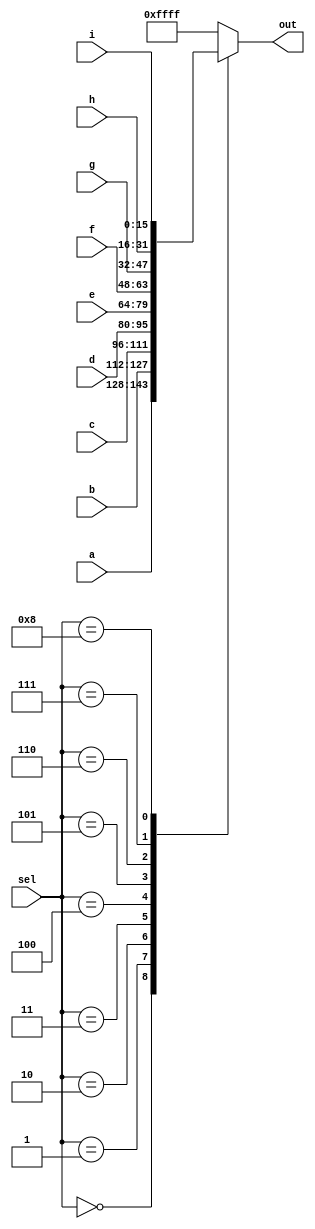
module top_module( 
    input [15:0] a, b, c, d, e, f, g, h, i,
    input [3:0] sel,
    output [15:0] out );
    
    always @(*)
    begin
        case (sel)
            4'd0 : out = a;
            4'd1 : out = b;
            4'd2 : out = c;
            4'd3 : out = d;
            4'd4 : out = e;
            4'd5 : out = f;
            4'd6 : out = g;
            4'd7 : out = h;
            4'd8 : out = i;
            4'd9|4'd10|4'd11|4'd12|4'd13|4'd14|4'd15 : out = 16'hffff;
            default : out = 16'hffff;
        endcase
    end
endmodule